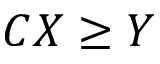
C X \ge Y